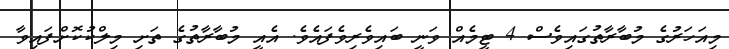
މިއަހަރުގެ މުބާރާތުގައިވެސް 4 ޓީމެއް ވަނީ ބައިވެރިވެފައެވެ. އެއީ މުބާރާތުގެ ތަށި މިލްކުކޮށްފައިވާ